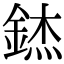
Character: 錰